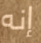
إنه